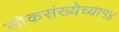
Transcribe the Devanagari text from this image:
लोकसंख्येच्या१४